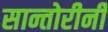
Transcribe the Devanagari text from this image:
सान्तोरीनी